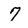
Character: 7